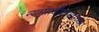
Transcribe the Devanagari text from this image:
न्यायाधीशपदाच्या